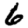
Digit: 6